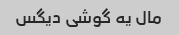
مال یه گوشی دیگس